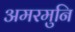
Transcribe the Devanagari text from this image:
अमरमुनि